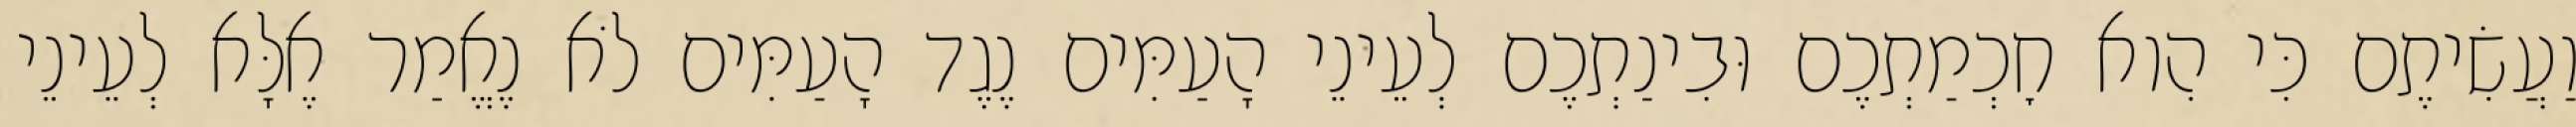
וַעֲשִׂיתֶם כִּי הִוא חׇכְמַתְכֶם וּבִינַתְכֶם לְעֵינֵי הָעַמִּים נֶגֶד הָעַמִּים לֹא נֶאֱמַר אֶלָּא לְעֵינֵי